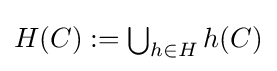
{\textstyle H(C):=\bigcup _{h\in H}h(C)}